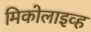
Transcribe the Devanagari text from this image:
मिकोलाइव्ह